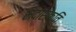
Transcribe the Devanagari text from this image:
मदासक्ति